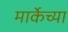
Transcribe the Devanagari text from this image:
मार्केच्या